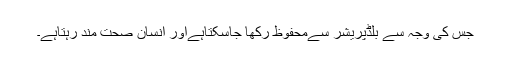
جس کی وجہ سے بلڈپریشر سےمحفوظ رکھا جاسکتاہےاور انسان صحت مند رہتاہے۔